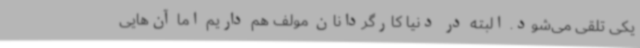
یکی تلقی می‌شود. البته در دنیا کارگردانان مولف هم داریم اما آن‌هایی